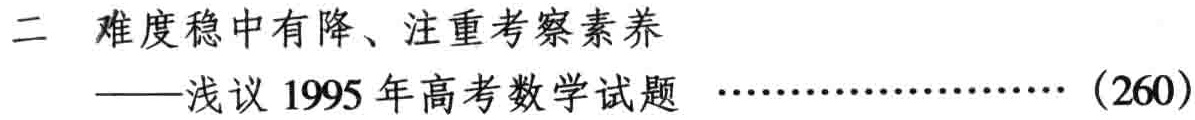
二 难度稳中有降、注重考察素养

——浅议 1995 年高考数学试题 ……………………（260）